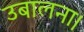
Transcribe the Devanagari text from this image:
उबालना।